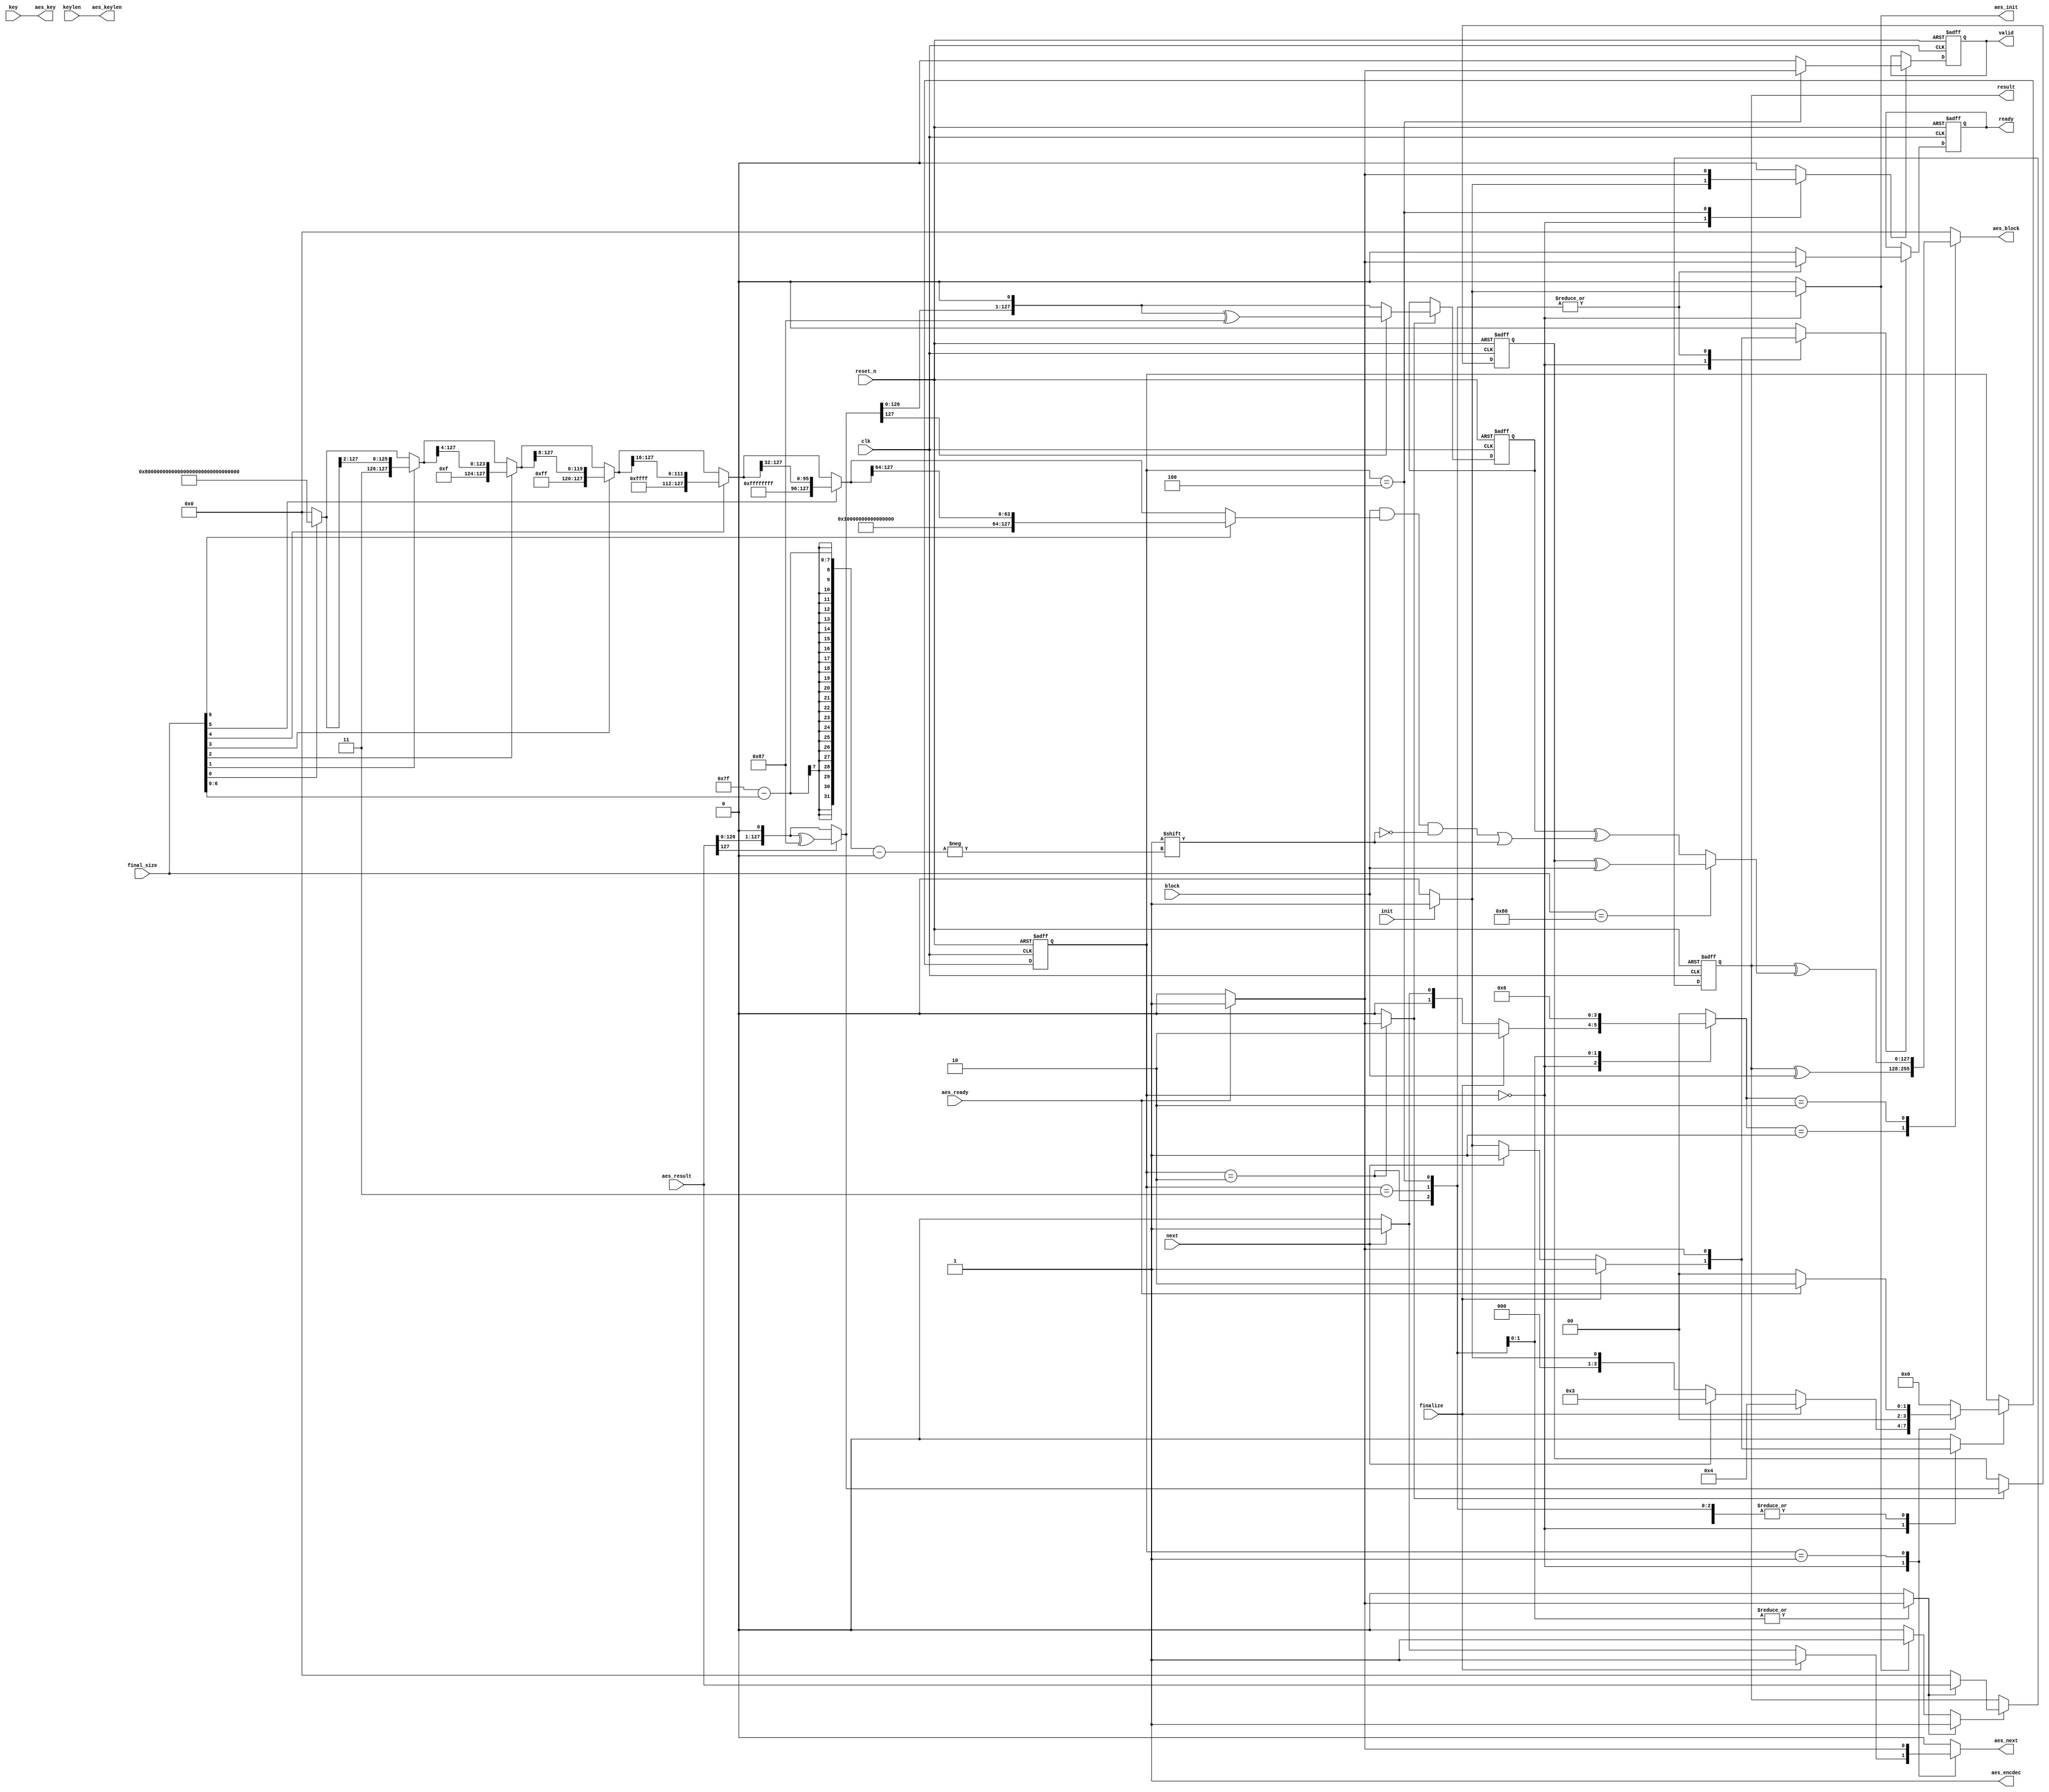
//======================================================================
//
// cmac_core.v
// -----------
// CMAC based on AES. Support for 128 and 256 bit keys. Generates
// 128 bit MAC. The core is compatible with NIST SP 800-38 B and
// as used in RFC 4493.
//
//
// Copyright (c) 2018, Secworks Sweden AB
// All rights reserved.
//
// Redistribution and use in source and binary forms, with or
// without modification, are permitted provided that the following
// conditions are met:
//
// 1. Redistributions of source code must retain the above copyright
//    notice, this list of conditions and the following disclaimer.
//
// 2. Redistributions in binary form must reproduce the above copyright
//    notice, this list of conditions and the following disclaimer in
//    the documentation and/or other materials provided with the
//    distribution.
//
// THIS SOFTWARE IS PROVIDED BY THE COPYRIGHT HOLDERS AND CONTRIBUTORS
// "AS IS" AND ANY EXPRESS OR IMPLIED WARRANTIES, INCLUDING, BUT NOT
// LIMITED TO, THE IMPLIED WARRANTIES OF MERCHANTABILITY AND FITNESS
// FOR A PARTICULAR PURPOSE ARE DISCLAIMED. IN NO EVENT SHALL THE
// COPYRIGHT OWNER OR CONTRIBUTORS BE LIABLE FOR ANY DIRECT, INDIRECT,
// INCIDENTAL, SPECIAL, EXEMPLARY, OR CONSEQUENTIAL DAMAGES (INCLUDING,
// BUT NOT LIMITED TO, PROCUREMENT OF SUBSTITUTE GOODS OR SERVICES;
// LOSS OF USE, DATA, OR PROFITS; OR BUSINESS INTERRUPTION) HOWEVER
// CAUSED AND ON ANY THEORY OF LIABILITY, WHETHER IN CONTRACT,
// STRICT LIABILITY, OR TORT (INCLUDING NEGLIGENCE OR OTHERWISE)
// ARISING IN ANY WAY OUT OF THE USE OF THIS SOFTWARE, EVEN IF
// ADVISED OF THE POSSIBILITY OF SUCH DAMAGE.
//
//======================================================================

module cmac_core(
                 input wire            clk,
                 input wire            reset_n,

                 input wire [255 : 0]  key,
                 input wire            keylen,

                 input wire [7 : 0]    final_size,

                 input wire            init,
                 input wire            next,
                 input wire            finalize,

                 input wire [127 : 0]  block,

                 // AES connectivity
                 output wire           aes_encdec,
                 output wire           aes_init,
                 output wire           aes_next,
                 input wire            aes_ready,
                 output wire [255 : 0] aes_key,
                 output wire           aes_keylen,
                 output wire [127 : 0] aes_block,
                 input wire [127 : 0]  aes_result,

                 output wire [127 : 0] result,
                 output wire           ready,
                 output wire           valid
                );


  //----------------------------------------------------------------
  // Internal constant and parameter definitions.
  //----------------------------------------------------------------
  localparam BMUX_ZERO        = 0;
  localparam BMUX_MESSAGE     = 1;
  localparam BMUX_TWEAK       = 2;

  localparam CTRL_IDLE        = 0;
  localparam CTRL_INIT_CORE   = 1;
  localparam CTRL_GEN_SUBKEYS = 2;
  localparam CTRL_NEXT_BLOCK  = 3;
  localparam CTRL_FINAL_BLOCK = 4;

  localparam R128 = {120'h0, 8'b10000111};
  localparam AES_BLOCK_SIZE = 128;


  //----------------------------------------------------------------
  // Registers including update variables and write enable.
  //----------------------------------------------------------------
  reg [127 : 0] result_reg;
  reg [127 : 0] result_new;
  reg           result_we;
  reg           reset_result_reg;
  reg           update_result_reg;

  reg           valid_reg;
  reg           valid_new;
  reg           valid_we;
  reg           ready_reg;
  reg           ready_new;
  reg           ready_we;

  reg [127 : 0] k1_reg;
  reg [127 : 0] k1_new;
  reg [127 : 0] k2_reg;
  reg [127 : 0] k2_new;
  reg           k1_k2_we;

  reg [3 : 0]   cmac_ctrl_reg;
  reg [3 : 0]   cmac_ctrl_new;
  reg           cmac_ctrl_we;


  //----------------------------------------------------------------
  // Wires.
  //----------------------------------------------------------------
  reg            tmp_aes_init;
  reg            tmp_aes_next;
  reg  [127 : 0] tmp_aes_block;

  reg [1 : 0]    bmux_ctrl;


  //----------------------------------------------------------------
  // Concurrent connectivity for ports etc.
  //----------------------------------------------------------------
  assign result     = result_reg;
  assign ready      = ready_reg;
  assign valid      = valid_reg;
  assign aes_encdec = 1'h1;
  assign aes_init   = tmp_aes_init;
  assign aes_next   = tmp_aes_next;
  assign aes_key    = key;
  assign aes_keylen = keylen;
  assign aes_block  = tmp_aes_block;


  //----------------------------------------------------------------
  // reg_update
  // Update functionality for all registers in the core.
  // All registers are positive edge triggered with asynchronous
  // active low reset.
  //----------------------------------------------------------------
  always @ (posedge clk or negedge reset_n)
    begin : reg_update
      if (!reset_n)
        begin
          k1_reg         <= 128'h0;
          k2_reg         <= 128'h0;
          result_reg     <= 128'h0;
          valid_reg      <= 1'h0;
          ready_reg      <= 1'h1;
          cmac_ctrl_reg  <= CTRL_IDLE;
        end
      else
        begin
          if (result_we)
            result_reg <= result_new;

          if (ready_we)
            ready_reg <= ready_new;

          if (valid_we)
            valid_reg <= valid_new;

          if (k1_k2_we)
            begin
              k1_reg <= k1_new;
              k2_reg <= k2_new;
            end

          if (cmac_ctrl_we)
            cmac_ctrl_reg <= cmac_ctrl_new;
        end
    end // reg_update


  //----------------------------------------------------------------
  // cmac_datapath
  //
  // The cmac datapath. Basically a mux for the input data block
  // to the AES core and some gates for the logic.
  //----------------------------------------------------------------
  always @*
    begin : cmac_datapath
      reg [127 : 0] mask;
      reg [127 : 0] masked_block;
      reg [127 : 0] padded_block;
      reg [127 : 0] tweaked_block;

      result_new = 128'h0;
      result_we  = 0;

      // Handle result reg updates and clear
      if (reset_result_reg)
        result_we  = 1'h1;

      if (update_result_reg)
        begin
          result_new = aes_result;
          result_we  = 1'h1;
        end

      // Generation of subkey k1 and k2.
      k1_new = {aes_result[126 : 0], 1'b0};
      if (aes_result[127])
        k1_new = k1_new ^ R128;

      k2_new = {k1_new[126 : 0], 1'b0};
      if (k1_new[127])
        k2_new = k2_new ^ R128;


      // Padding of final block. We create a mask that preserves
      // the data in the block and zeroises all other bits.
      // We add a one to bit at the first non-data position.
      mask = 128'b0;

      if (final_size[0])
        mask = {1'b1, mask[127 :  1]};

      if (final_size[1])
        mask = {2'h3, mask[127 :  2]};

      if (final_size[2])
        mask = {4'hf, mask[127 :  4]};

      if (final_size[3])
        mask = {8'hff, mask[127 :  8]};

      if (final_size[4])
        mask = {16'hffff, mask[127 :  16]};

      if (final_size[5])
        mask = {32'hffffffff, mask[127 :  32]};

      if (final_size[6])
        mask = {64'hffffffff_ffffffff, mask[127 :  64]};

      masked_block = block & mask;
      padded_block = masked_block;
      padded_block[(127 - final_size[6 : 0])] = 1'b1;


      // Tweak of final block. Based on if the final block is full or not.
      if (final_size == AES_BLOCK_SIZE)
        tweaked_block = k1_reg ^ block;
      else
        tweaked_block = k2_reg ^ padded_block;


      // Input mux for the AES core.
      tmp_aes_block = 128'h0;
      case (bmux_ctrl)
        BMUX_ZERO:
          tmp_aes_block = 128'h0;

        BMUX_MESSAGE:
          tmp_aes_block  = result_reg ^ block;

        BMUX_TWEAK:
          tmp_aes_block  = result_reg ^ tweaked_block;
      endcase // case (bmux_ctrl)
    end


  //----------------------------------------------------------------
  // cmac_ctrl
  //
  // The FSM controlling the cmac functionality.
  //----------------------------------------------------------------
  always @*
    begin : cmac_ctrl
      tmp_aes_init      = 1'h0;
      tmp_aes_next      = 1'h0;
      bmux_ctrl         = BMUX_ZERO;
      reset_result_reg  = 1'h0;
      update_result_reg = 1'h0;
      k1_k2_we          = 1'h0;
      ready_new         = 1'h0;
      ready_we          = 1'h0;
      valid_new         = 1'h0;
      valid_we          = 1'h0;
      cmac_ctrl_new     = CTRL_IDLE;
      cmac_ctrl_we      = 1'h0;

      case (cmac_ctrl_reg)
        CTRL_IDLE:
          begin
            if (init)
              begin
                ready_new        = 1'h0;
                ready_we         = 1'h1;
                valid_new        = 1'h0;
                valid_we         = 1'h1;
                tmp_aes_init     = 1'h1;
                reset_result_reg = 1'h1;
                cmac_ctrl_new    = CTRL_INIT_CORE;
                cmac_ctrl_we     = 1'h1;
              end

            if (next)
              begin
                ready_new     = 1'h0;
                ready_we      = 1'h1;
                tmp_aes_next  = 1'h1;
                bmux_ctrl     = BMUX_MESSAGE;
                cmac_ctrl_new = CTRL_NEXT_BLOCK;
                cmac_ctrl_we  = 1'h1;
              end

            if (finalize)
              begin
                ready_new     = 1'h0;
                ready_we      = 1'h1;
                tmp_aes_next  = 1'h1;
                bmux_ctrl     = BMUX_TWEAK;
                cmac_ctrl_new = CTRL_FINAL_BLOCK;
                cmac_ctrl_we  = 1'h1;
              end
          end

        CTRL_INIT_CORE:
          begin
            if (aes_ready)
              begin
                tmp_aes_next  = 1'h1;
                bmux_ctrl     = BMUX_ZERO;
                cmac_ctrl_new = CTRL_GEN_SUBKEYS;
                cmac_ctrl_we  = 1'h1;
              end
          end

        CTRL_GEN_SUBKEYS:
          begin
            if (aes_ready)
              begin
                ready_new     = 1'h1;
                ready_we      = 1'h1;
                k1_k2_we      = 1'h1;
                cmac_ctrl_new = CTRL_IDLE;
                cmac_ctrl_we  = 1'h1;
              end
          end

        CTRL_NEXT_BLOCK:
          begin
            bmux_ctrl = BMUX_MESSAGE;
            if (aes_ready)
              begin
                update_result_reg = 1'h1;
                ready_new         = 1'h1;
                ready_we          = 1'h1;
                cmac_ctrl_new     = CTRL_IDLE;
                cmac_ctrl_we      = 1'h1;
              end
          end

        CTRL_FINAL_BLOCK:
          begin
            bmux_ctrl = BMUX_TWEAK;
            if (aes_ready)
              begin
                update_result_reg = 1'h1;
                valid_new         = 1'h1;
                valid_we          = 1'h1;
                ready_new         = 1'h1;
                ready_we          = 1'h1;
                cmac_ctrl_new     = CTRL_IDLE;
                cmac_ctrl_we      = 1'h1;
              end
          end

        default:
          begin
          end
      endcase // case (cmac_ctrl_reg)
    end

endmodule // cmac_core

//======================================================================
// EOF cmac_core.v
//======================================================================